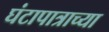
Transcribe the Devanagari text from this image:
घंटापात्राच्या